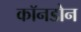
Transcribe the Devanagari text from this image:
कॉनडोन